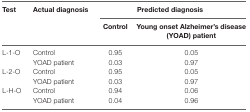
<table><thead><tr><td><b>Test</b></td><td><b>Actual diagnosis</b></td><td colspan="2"><b>Predicted diagnosis</b></td></tr><tr><td></td><td></td><td><b>Control</b></td><td><b>Young onset Alzheimer’s disease (YOAD) patient</b></td></tr></thead><tbody><tr><td>L-1-O</td><td>Control</td><td>0.95</td><td>0.05</td></tr><tr><td></td><td>YOAD patient</td><td>0.03</td><td>0.97</td></tr><tr><td>L-2-O</td><td>Control</td><td>0.95</td><td>0.05</td></tr><tr><td></td><td>YOAD patient</td><td>0.03</td><td>0.97</td></tr><tr><td>L-H-O</td><td>Control</td><td>0.94</td><td>0.06</td></tr><tr><td></td><td>YOAD patient</td><td>0.04</td><td>0.96</td></tr></tbody></table>